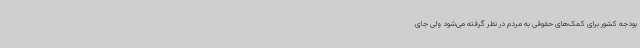
بودجه کشور برای کمک‌های حقوقی به مردم در نظر گرفته می‌شود ولی جای